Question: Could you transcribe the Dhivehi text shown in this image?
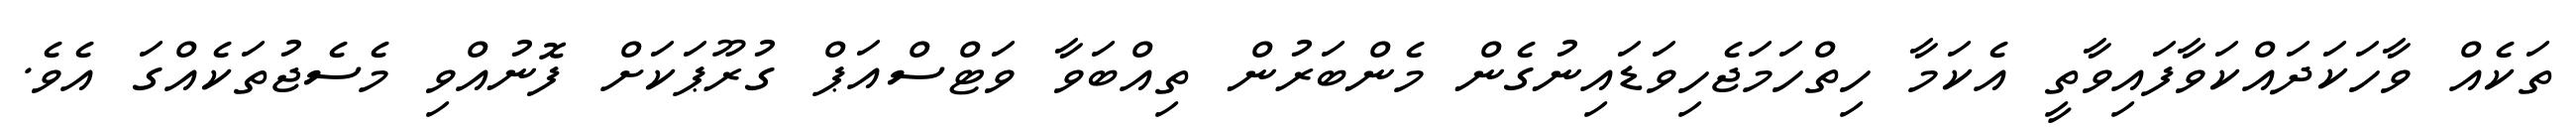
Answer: ތަކެއް ވާހަކަދައްކަވާފައިވާތީ އެކަމާ ހިތްހަމަޖެހިވަޑައިނުގެން މެންބަރުން ތިއްބަވާ ވަޓްސްއަޕް ގުރޫޕަކަށް ފޮނުއްވި މެސެޖުތަކެއްގަ އެވެ.